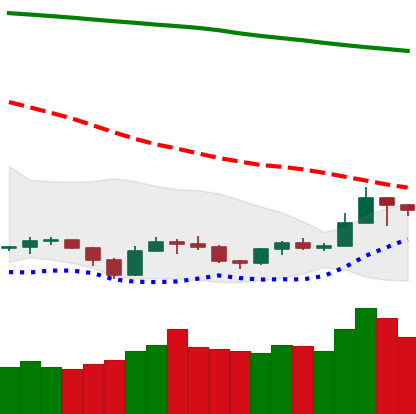
Ticker: TRX-USD
Chart end date: 2019-09-20
Forward return: -23.808%
Label: down_7plus